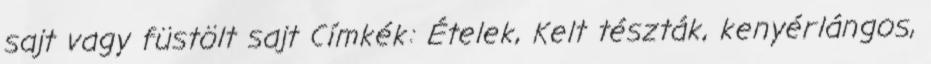
sajt vagy füstölt sajt Címkék: Ételek, Kelt tészták, kenyérlángos,